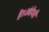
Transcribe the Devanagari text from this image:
है।अंग्रेजी